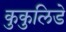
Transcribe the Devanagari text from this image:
कुकुलिडे